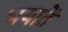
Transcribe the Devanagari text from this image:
भयातें